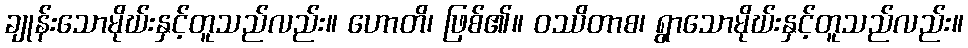
ချုန်းသောမိုဃ်းနှင့်တူသည်လည်း။ ဟောတိ၊ ဖြစ်၏။ ဝဿိတာစ၊ ရွာသောမိုဃ်းနှင့်တူသည်လည်း။